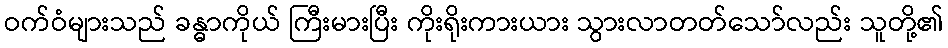
ဝက်ဝံများသည် ခန္ဓာကိုယ် ကြီးမားပြီး ကိုးရိုးကားယား သွားလာတတ်သော်လည်း သူတို့၏